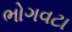
ભોગવટા